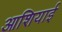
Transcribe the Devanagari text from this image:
आशियाई